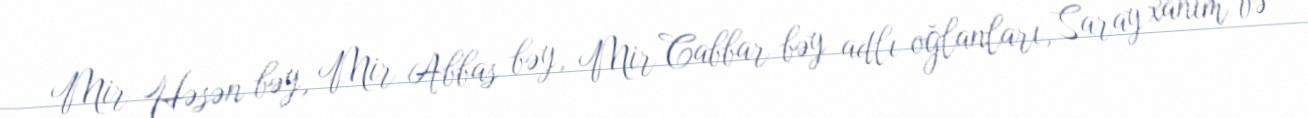
Mir Həsən bəy, Mir Abbas bəy, Mir Cabbar bəy adlı oğlanları, Saray xanım və